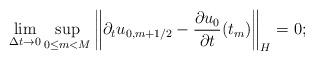
LaTeX: \begin{align*}\lim_{\Delta t\to 0}\sup_{0\le m<M}\left\|\partial_tu_{0,m+1/2}-{\partial u_0\over\partial t}(t_m)\right\|_H=0;\end{align*}